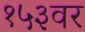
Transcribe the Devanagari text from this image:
१५३वर